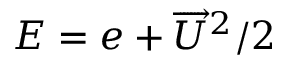
E = e + \overrightarrow { U } ^ { 2 } / 2